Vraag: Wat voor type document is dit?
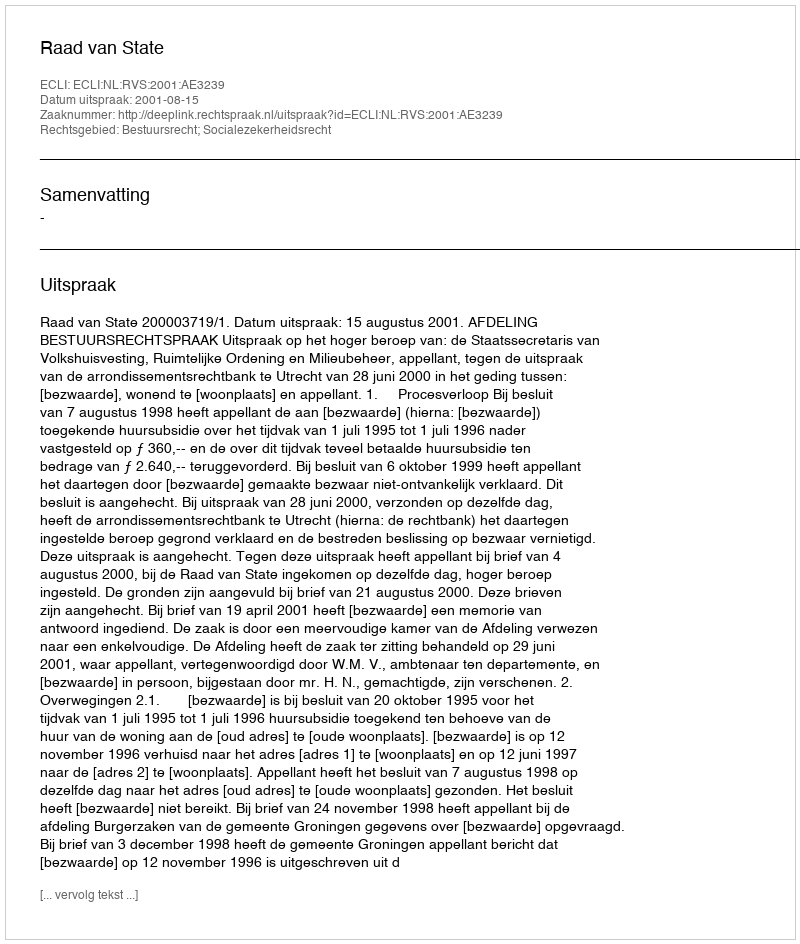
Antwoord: Uitspraak